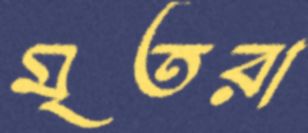
মৃতরা